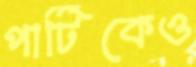
পার্টিকেও